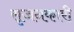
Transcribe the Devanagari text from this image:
सृजनकारी